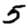
Digit: 5